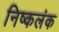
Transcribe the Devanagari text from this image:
निष्‍कलंक